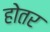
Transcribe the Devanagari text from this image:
होतर